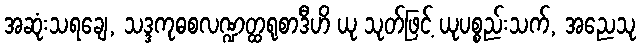
အဆုံးသရချေ, သဒ္ဒကုဓစလဏ္ဍတ္ထရုစာဒီဟိ ယု သုတ်ဖြင့် ယုပစ္စည်းသက်, အညေသု